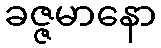
ခဇ္ဇမာနော